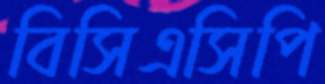
বিসিএসিপি